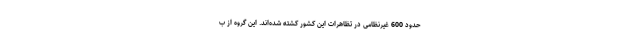
حدود 600 غیرنظامی در تظاهرات این کشور کشته شده‌اند. این گروه از ب